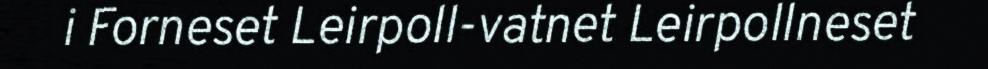
i Forneset Leirpoll-vatnet Leirpollneset